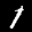
Label: 1